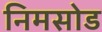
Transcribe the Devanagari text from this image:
निमसोड